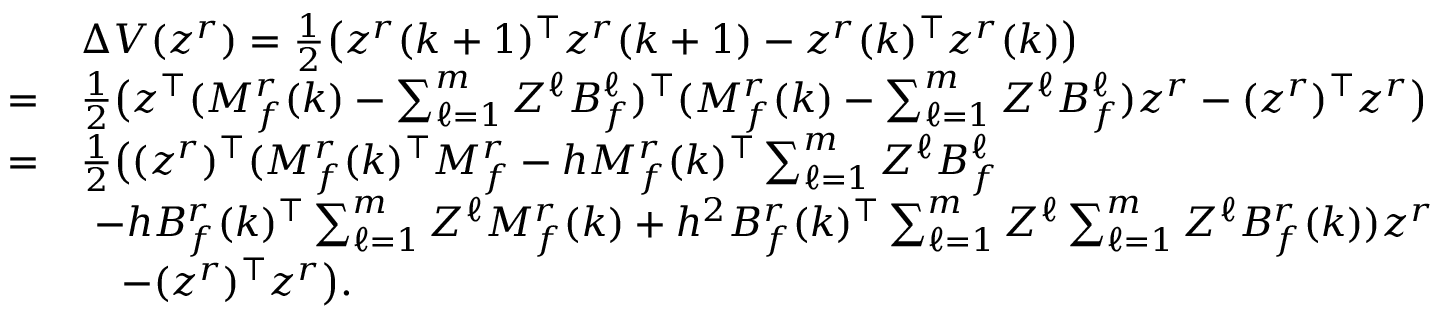
\begin{array} { r l } & { \Delta V ( z ^ { r } ) = \frac { 1 } { 2 } \big ( z ^ { r } ( k + 1 ) ^ { \top } z ^ { r } ( k + 1 ) - z ^ { r } ( k ) ^ { \top } z ^ { r } ( k ) \big ) } \\ { = } & { \frac { 1 } { 2 } \big ( z ^ { \top } ( M _ { f } ^ { r } ( k ) - \textstyle \sum _ { \ell = 1 } ^ { m } Z ^ { \ell } B _ { f } ^ { \ell } ) ^ { \top } ( M _ { f } ^ { r } ( k ) - \textstyle \sum _ { \ell = 1 } ^ { m } Z ^ { \ell } B _ { f } ^ { \ell } ) z ^ { r } - ( z ^ { r } ) ^ { \top } z ^ { r } \big ) } \\ { = } & { \frac { 1 } { 2 } \big ( ( z ^ { r } ) ^ { \top } ( M _ { f } ^ { r } ( k ) ^ { \top } M _ { f } ^ { r } - h M _ { f } ^ { r } ( k ) ^ { \top } \textstyle \sum _ { \ell = 1 } ^ { m } Z ^ { \ell } B _ { f } ^ { \ell } } \\ & { ~ - h B _ { f } ^ { r } ( k ) ^ { \top } \textstyle \sum _ { \ell = 1 } ^ { m } Z ^ { \ell } M _ { f } ^ { r } ( k ) + h ^ { 2 } B _ { f } ^ { r } ( k ) ^ { \top } \textstyle \sum _ { \ell = 1 } ^ { m } Z ^ { \ell } \textstyle \sum _ { \ell = 1 } ^ { m } Z ^ { \ell } B _ { f } ^ { r } ( k ) ) z ^ { r } } \\ & { ~ ~ ~ - ( z ^ { r } ) ^ { \top } z ^ { r } \big ) . } \end{array}